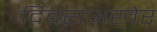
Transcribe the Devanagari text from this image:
दिवसअखेर